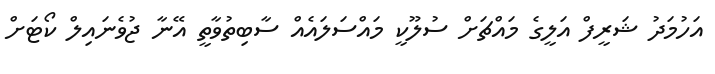
އަހުމަދު ޝަރީފް އަލީގެ މައްޗަށް ސުލޫކީ މައްސަލައެއް ސާބިތުވާތީ އޭނާ ޖުވެނައިލް ކޯޓަށް